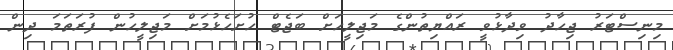
މިނިސްޓަރު ޖިހާދު ވިދާޅުވީ ރައްޔިތުންގެ މަޖިލީހަށް ބަޖެޓް ހުށަހެޅުމަށް މަޖިލީހުން ފުރަތަމަ ދިން